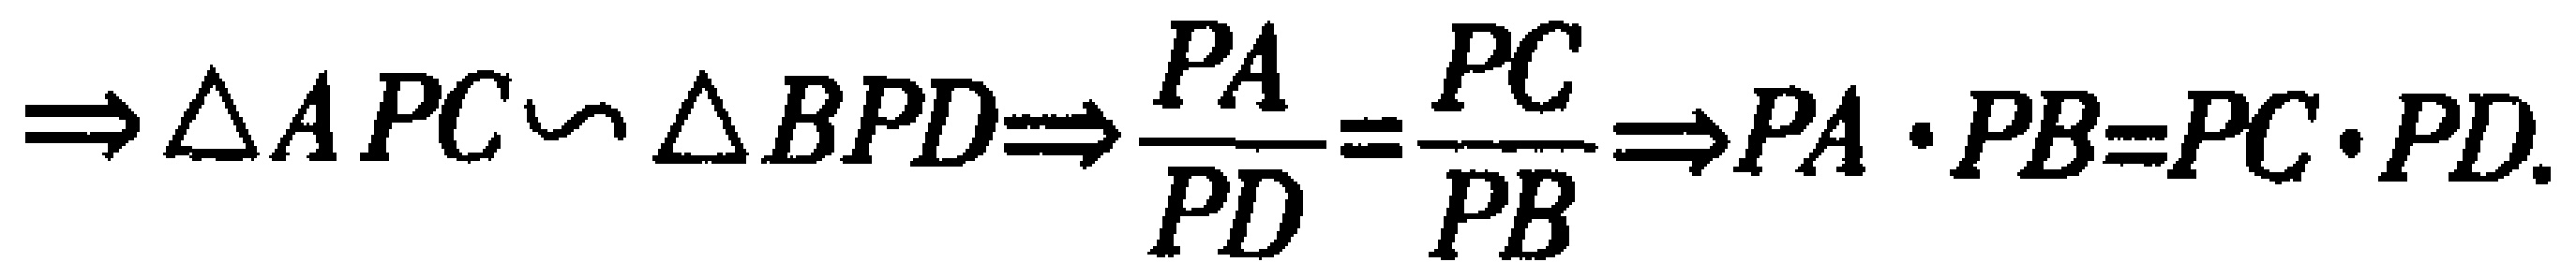
$\Rightarrow \triangle APC\sim \triangle BPD\Rightarrow \frac{PA}{PD}=\frac{PC}{PB}\Rightarrow PA\cdot PB = PC\cdot PD.$